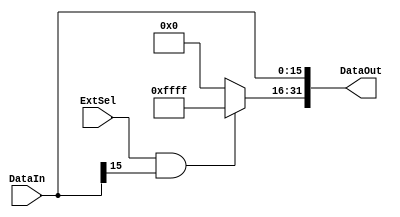
`timescale 1ns / 1ps
//////////////////////////////////////////////////////////////////////////////////
// Company: 
// Engineer: 
// 
// Design Name: 
// Module Name: SignZeroExtend
// Project Name: 
// Target Devices: 
// Tool Versions: 
// Description: 
// 
// Dependencies: 
// 
// Revision:
// Revision 0.01 - File Created
// Additional Comments:
// 
//////////////////////////////////////////////////////////////////////////////////


module SignZeroExtend(
    input ExtSel,
    input[15:0] DataIn,
    output[31:0] DataOut
    );
    assign DataOut = {ExtSel&&DataIn[15] ? 16'hffff : 16'h0000, DataIn};
endmodule